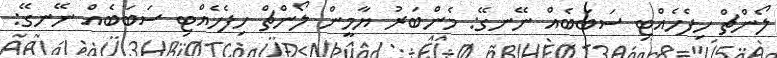
ލޯންޗް ހިފެހެއްޓި ސަބަބެއް ނޭނގޭ: މެންބަރު ޔާމީން ލޯންޗް ހިފެހެއްޓި ސަބަބެއް ނޭނގޭ: